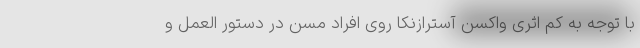
با توجه به کم اثری واکسن آسترازنکا روی افراد مسن در دستور العمل و